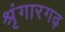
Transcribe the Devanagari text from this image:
श्रृंगारगढ़